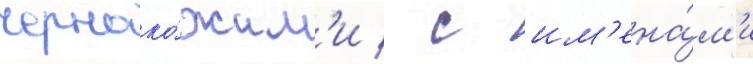
черноко́жим'и / с им'ена́м'и